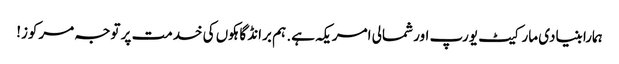
ہمارا بنیادی مارکیٹ یورپ اور شمالی امریکہ ہے. ہم برانڈ گاہکوں کی خدمت پر توجہ مرکوز!